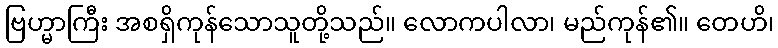
ဗြဟ္မာကြီး အစရှိကုန်သောသူတို့သည်။ လောကပါလာ၊ မည်ကုန်၏။ တေဟိ၊